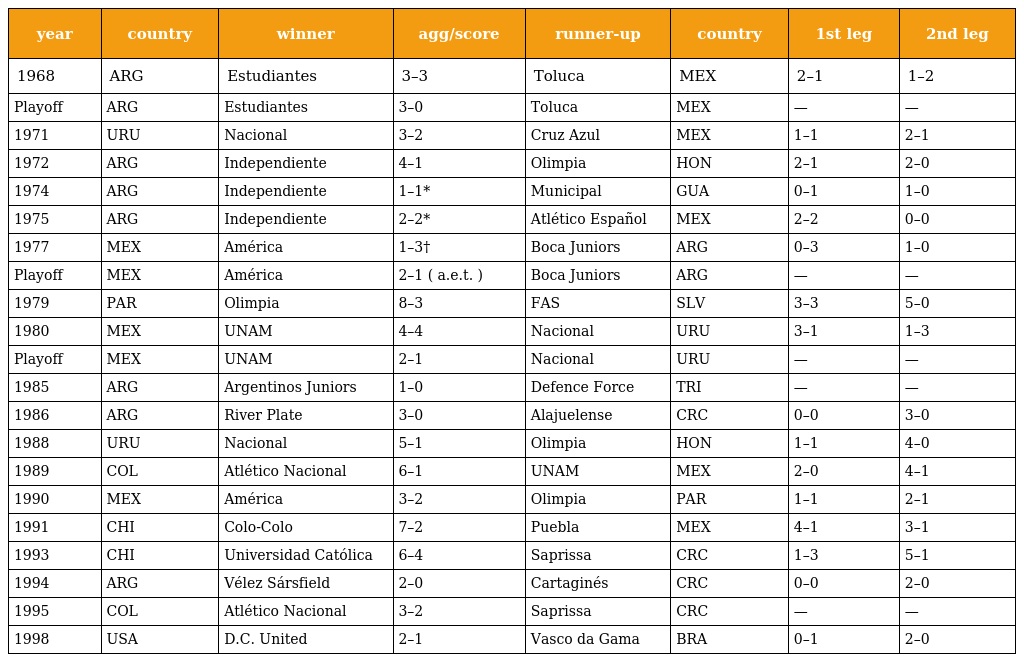
| year | country | winner | agg/score | runner-up | country | 1st leg | 2nd leg |
 | --- | --- | --- | --- | --- | --- | --- | --- |
 | 1968 | ARG | Estudiantes | 3–3 | Toluca | MEX | 2–1 | 1–2 |
 | Playoff | ARG | Estudiantes | 3–0 | Toluca | MEX | — | — |
 | 1971 | URU | Nacional | 3–2 | Cruz Azul | MEX | 1–1 | 2–1 |
 | 1972 | ARG | Independiente | 4–1 | Olimpia | HON | 2–1 | 2–0 |
 | 1974 | ARG | Independiente | 1–1* | Municipal | GUA | 0–1 | 1–0 |
 | 1975 | ARG | Independiente | 2–2* | Atlético Español | MEX | 2–2 | 0–0 |
 | 1977 | MEX | América | 1–3† | Boca Juniors | ARG | 0–3 | 1–0 |
 | Playoff | MEX | América | 2–1 ( a.e.t. ) | Boca Juniors | ARG | — | — |
 | 1979 | PAR | Olimpia | 8–3 | FAS | SLV | 3–3 | 5–0 |
 | 1980 | MEX | UNAM | 4–4 | Nacional | URU | 3–1 | 1–3 |
 | Playoff | MEX | UNAM | 2–1 | Nacional | URU | — | — |
 | 1985 | ARG | Argentinos Juniors | 1–0 | Defence Force | TRI | — | — |
 | 1986 | ARG | River Plate | 3–0 | Alajuelense | CRC | 0–0 | 3–0 |
 | 1988 | URU | Nacional | 5–1 | Olimpia | HON | 1–1 | 4–0 |
 | 1989 | COL | Atlético Nacional | 6–1 | UNAM | MEX | 2–0 | 4–1 |
 | 1990 | MEX | América | 3–2 | Olimpia | PAR | 1–1 | 2–1 |
 | 1991 | CHI | Colo-Colo | 7–2 | Puebla | MEX | 4–1 | 3–1 |
 | 1993 | CHI | Universidad Católica | 6–4 | Saprissa | CRC | 1–3 | 5–1 |
 | 1994 | ARG | Vélez Sársfield | 2–0 | Cartaginés | CRC | 0–0 | 2–0 |
 | 1995 | COL | Atlético Nacional | 3–2 | Saprissa | CRC | — | — |
 | 1998 | USA | D.C. United | 2–1 | Vasco da Gama | BRA | 0–1 | 2–0 |